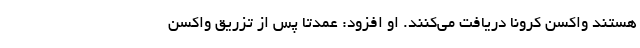
هستند واکسن کرونا دریافت می‌کنند. او افزود: عمدتا پس از تزریق واکسن